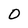
Character: 0